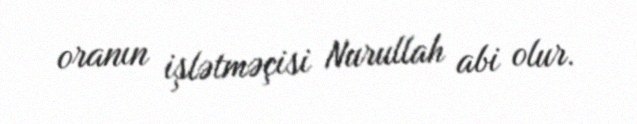
oranın işlətməçisi Nurullah abi olur.